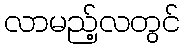
လာမည့်လတွင်